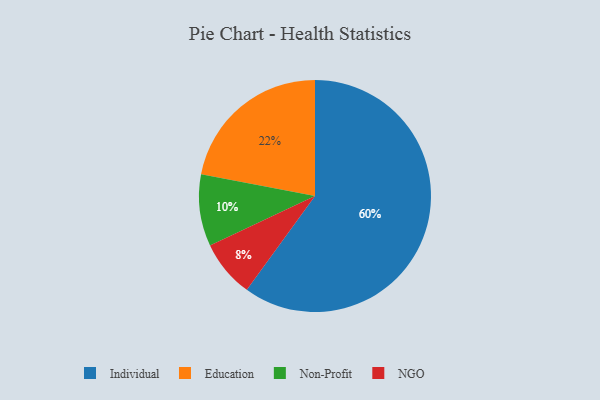
{"axis": {"x": "Category", "y": "Percentage"}, "legend": ["Education", "Individual", "NGO", "Non-Profit"], "data": [{"x": "Non-Profit", "y": 10, "type": "Non-Profit"}, {"x": "NGO", "y": 8, "type": "NGO"}, {"x": "Education", "y": 22, "type": "Education"}, {"x": "Individual", "y": 60, "type": "Individual"}]}